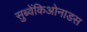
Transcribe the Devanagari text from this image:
सुब्वेंकिओनाडस